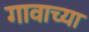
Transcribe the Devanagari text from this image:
गावाच्‍या